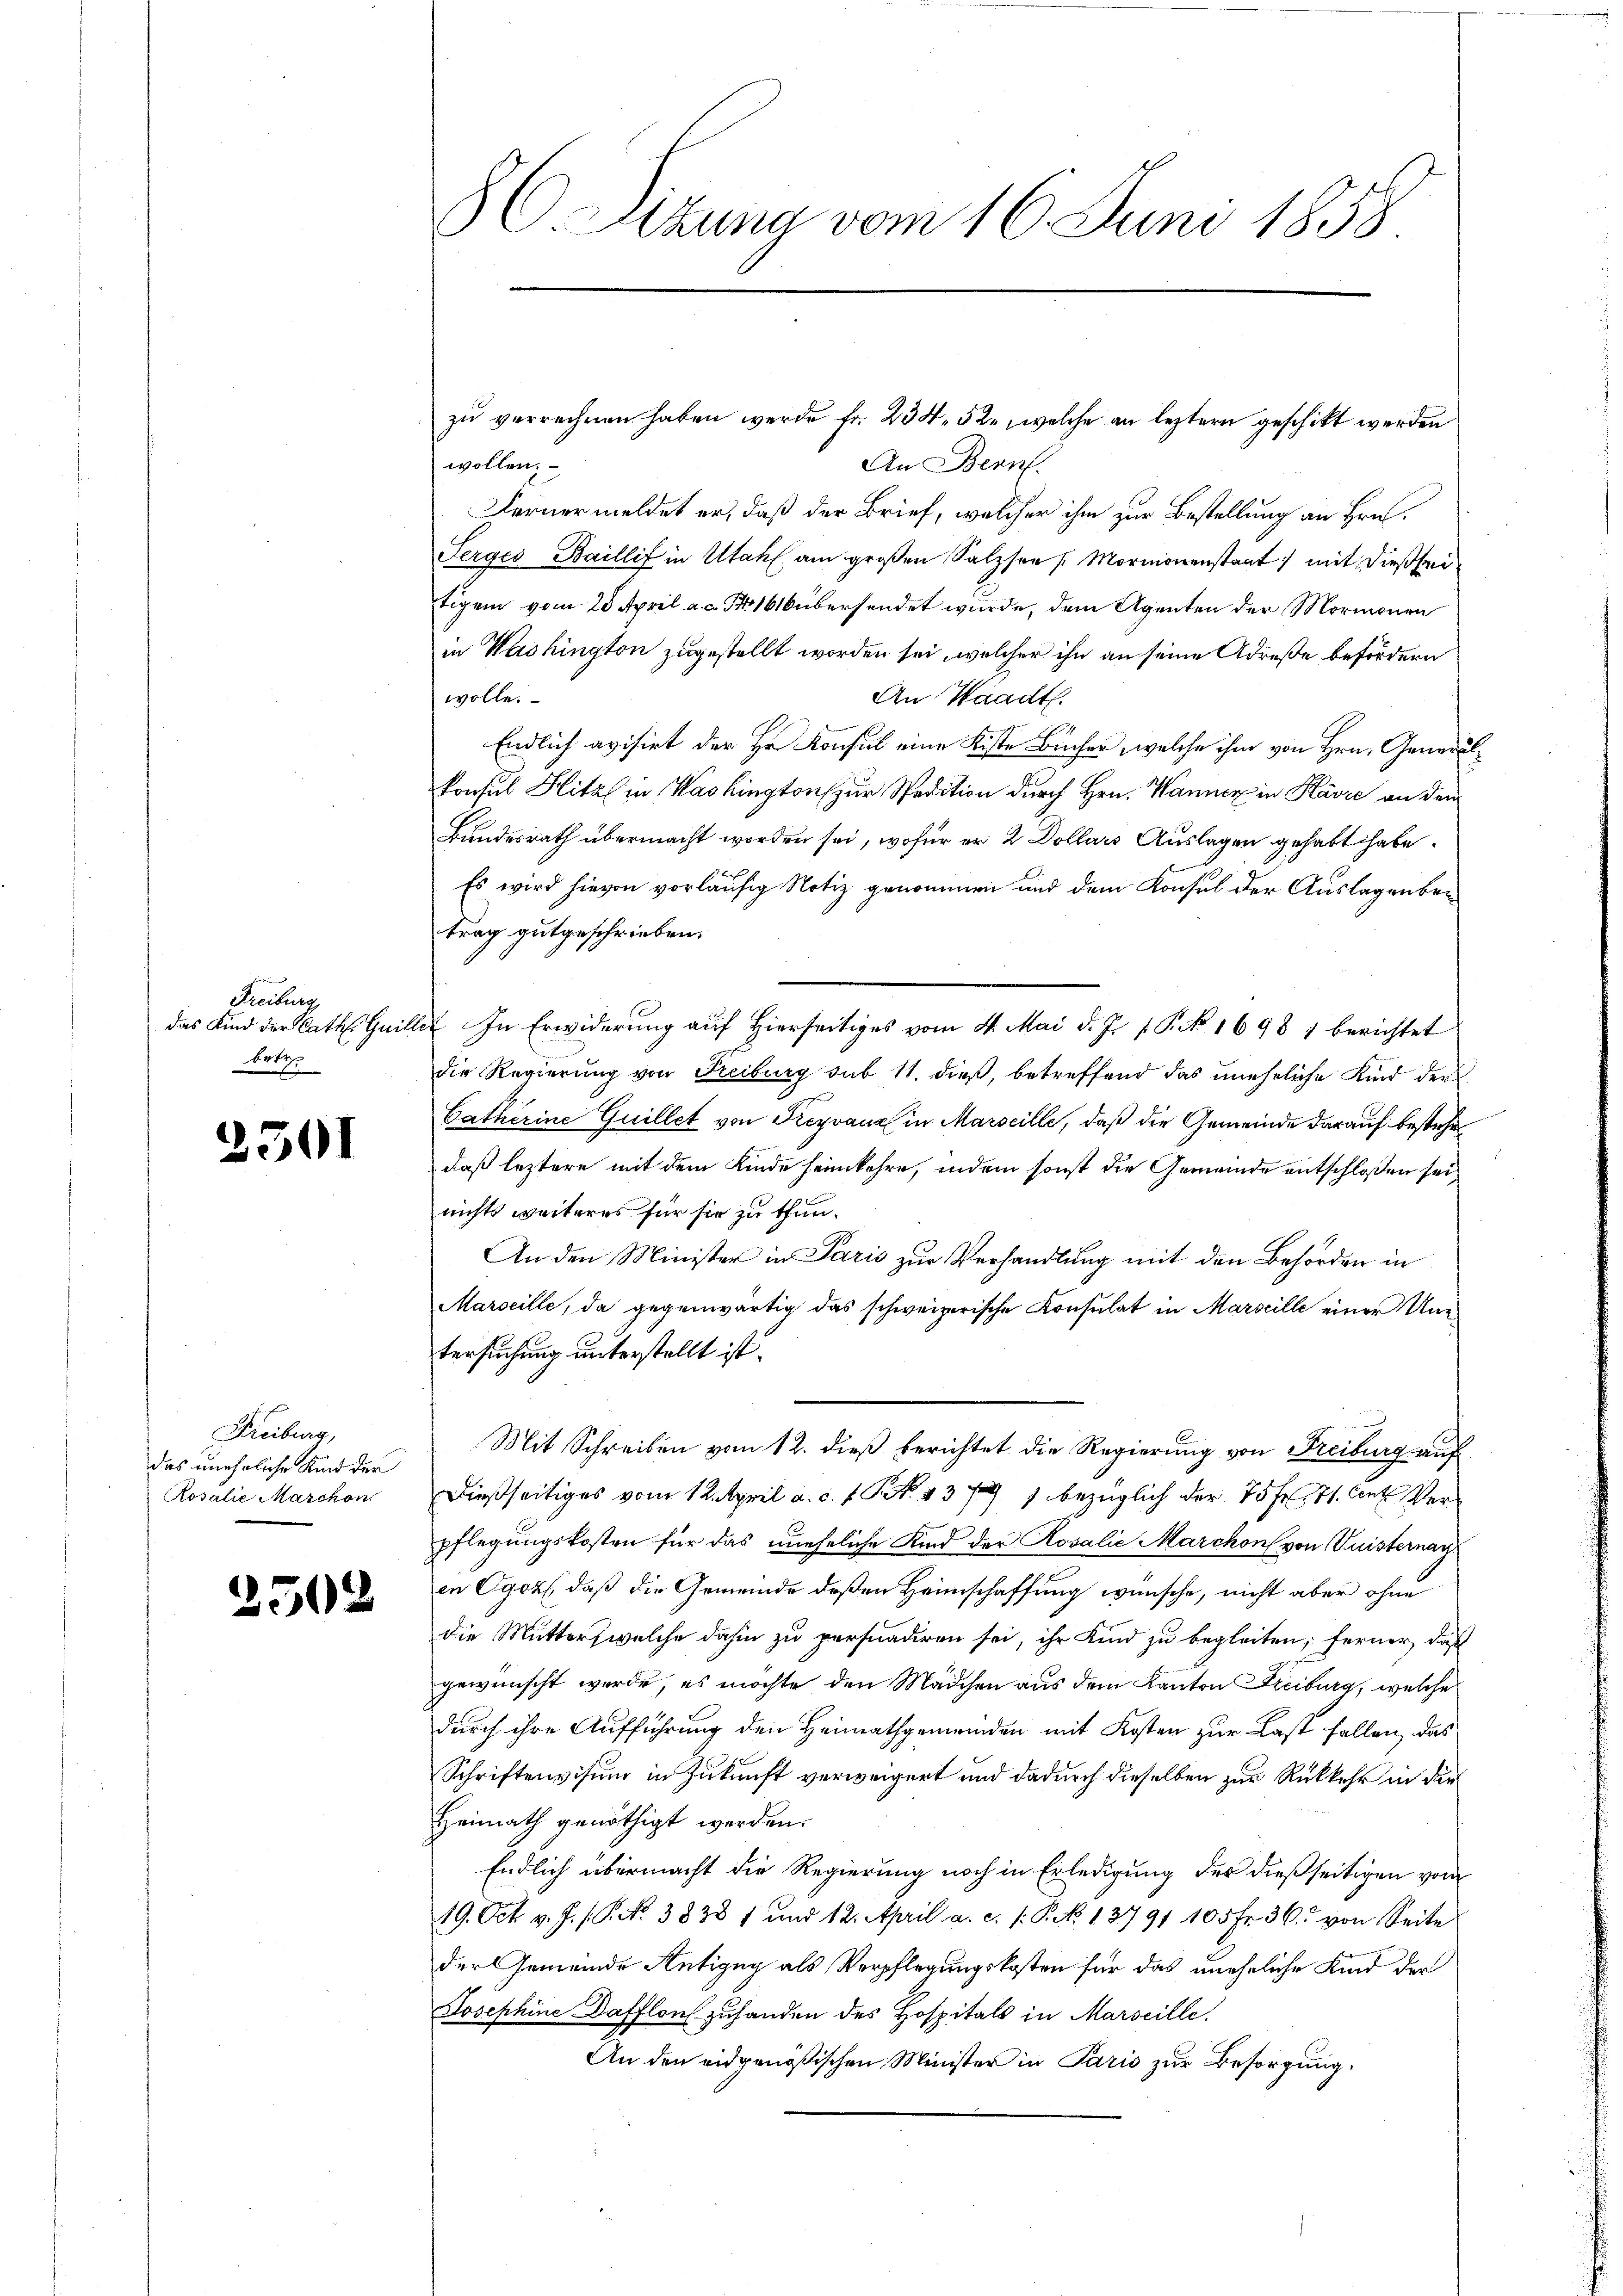
Freiburg
betr.

2301

Freiburg,
das uneheliche Kind der
Rosalie Marchon

2502

C. Sizung vom 16. Juni 1858.

wollen.
An Bern.
Fernermeldet er, daß der Brief, welcher ihm zur Bestellung an Hrn.
Serges Baillif in Utahl am großen Salzsee (Mormonenstaat mit dießseitigem vom 20. April a. a. Nr. 1616 übersendet wurde, dem Agenten der Mormonen
in Washington zugestellt worden sei, welcher ihn an seine Adrese befördern
wolle.
An Waadt.
Endlich avisirt der Hr. Konsul eine Kiste Bücher, welche ihm von Hrn. Generalkonsul Hitzl in Washington zur Spedition durch Hrn. Wanner in Havre an dem
Bundesrath übermacht worden sei, wofür er 2 Dollars Auslagen gehabt habe.
Es wird hievon vorläufig Notiz genommen und dem Konsul der Auslagenber
trag gutgeschrieben.
das Kind der Cath. Guiller In Erwiderung auf hierseitiges vom 4. Mai d. Js. v. P. No. 1698 : berichtet
die Regierung von Freiburg sub 11. dieß, betreffend das uneheliche Kind der
Catherine Guillet von Freyvanz in Marseille, daß die Gemeinde darauf bestehe
daß leztere mit dem Kinde heimkehre, indem sonst die Gemeinde entschloßen sei,
nichts weiteres für sie zu thun.
An den Minister in Paris zur Verhandlung mit den Behörden in
Marseille, da gegenwärtig das schweizerische Konsulat in Marseille einer Untersuchung unterstellt ist.
Mit Schreiben vom 12. dieß berichtet die Regierung von Freiburg auf
dießseitiges vom 12. April a. c. s. S. 437 bezüglich der 75 Fr. 71. Cent Verpflegungskosten für das uneheliche Kind der Rosalie Marchon von Quisternay
in Eger, daß die Gemeinde deßen Heimschaffung wünsche, nicht aber ohne
die Mutters welche dahin zu persnadiren sei, ihr Kind zu begleiten; ferner, daß
gewünscht werde, es möchte den Mädchen aus dem Kanton Freiburg, welche
durch ihre Aufführung den Heimathgemeinden mit Kosten zur Last fallen, das
Schriftenvisum in Zukunft verweigert und dadurch dieselben zur Rückkehr in der
Heimath genöthigt werden.
Endlich übermacht die Regierung noch in Erledigung der dießseitigen vom
19. Oct. v. J. P. No. 3838 1 und 12. April a. c. s. S. 13791 105 fr. 36. von Seite
der Gemeinde Antigny als Verpflegungskosten für das uneheliche Kind der
Josephine Dafflons zuhanden des Hospitals in Marseille.
An den eidgenößischen Minister in Paris zur Besorgung.

zu verrechnen haben werde fr. 234. 52, welche an leztern geschikt werden